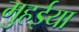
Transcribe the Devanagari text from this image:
मुहईया